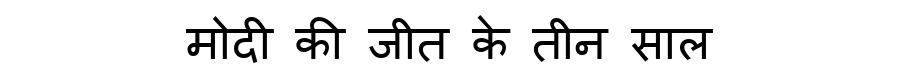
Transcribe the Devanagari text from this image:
मोदी की जीत के तीन साल